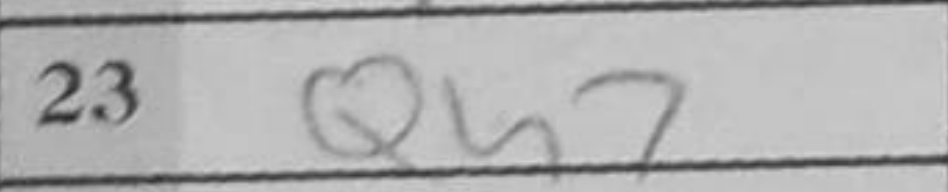
Transcription: Qh7